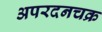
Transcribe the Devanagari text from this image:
अपरदनचक्र